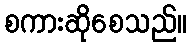
စကားဆိုစေသည်။